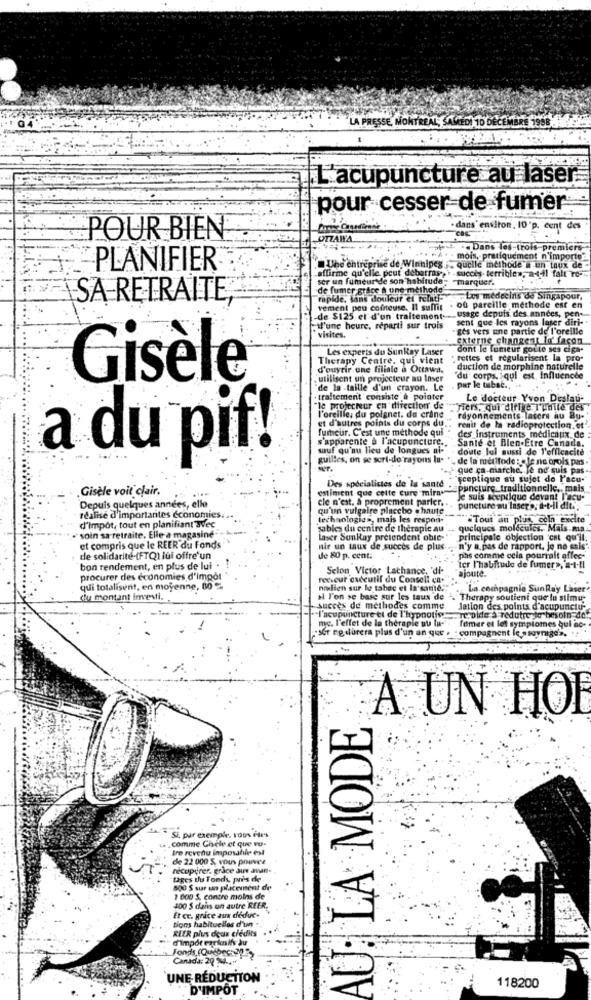
LA PRESSE, MONTREAL; SAMEDI 10 DÉCEMBRE 1958
L'acupuncture au laser
pour cesser-de fumer -
- dans' environ, 10"p. cent des
POUR BIEN
UTZAWA
... Dans les trois premiers
. : mois, pratiquement n'importe"
PLANIFIER
Une entreprise de Winnipeg - quelle methode a un taux de-
affirme qu'elle peut debarras,) .succes-terrible», a-t-il falt To-
ser un fumeur de son habitude: - marquer.
de fumer grâce à une methode
SA-RETRAITE
vement pou cofnteuse. Il suffit . ou pareille methode est en
uplde, Sans douleur et relitl-
.Les médecins de Singapour,
de $125 el d'un traitement. usage depuis des années, pen-
sent que les rayons laser diri-
"d'une heure, reparti sur trois
.iges vers une partie de l'oreille
visites.
externe changent lo facon
Les experts du SunRay Laser
dont le fumeur goule ses cigs-
Therapy Centre, qui vient
Felles et regularisent la pro-
d'ouvrir une filiale a Ottawa.
duction de morphine naturelle
Gisèle
utilisent un projecteur au laser
"du corps, qui est influencée
de la taille d'un crayon. Le
per le tubac ..
. traitement consiste a pointer
Le docteur Yvon Deslau-
le projecteur ch direction de "
l'oreille, du poignet. du crane
Hers, qui diffie T'unile des
et d'autres points du corps du ..
rayonnements laters au Bu-
fumeur. C'est une methode qui
reau de la radioprotection.et"
s'apparente à l'acupuncture ..
des instruments medicatix de
Santé et Bien-Etre Canada.
sauf qu'au lieu de longues al-
doute lul aussi do l'efficacité
a du pif!
guilles, on se sert-de rayons lu-
de la netifode : . Je ne crois pas
que ça marche, Je ne suis pas -
"sceptique su sujet do l'acu-
.Gisèle voit clair,
estiment que cette cure mira
Des spécialistes de la sante
puncture traditionnelle .. mais
cle n'est. à proprement parler ..
Je suis seepilque devant l'acu-
Depuis quelques années, elle
qu'un vulgaire placebo ehaute
puncture au lasers; a-t-il dit ..
réalisé d'importantes économies.
d'impôt, tout en planifiant avec
technologies, mais les respon-
Tout an plus, coln excite
soin sa retraite. Elle a magasine"
'sables du centre de therapie au .. quelques moldeules. Mais ma
laser Sunkay pretendent oble-"
principale objection "est qu'il
et compris que le REER du Fonds
nir un taux de succes de plus.
n'y a pas de rapport, je ne sais".
de solidarité-(FTQ) lui offre'un
de 80 p. cent.
pas comme cela pourrait affee-
bon rendement, en plus de lui
Selon Victor Lachance, 'di-
ajoute.
icr l'habitude de fumer», a-t-il
procurer des économies d'impôt
reescur cxceutif du Consell ca.
qui totalisent, en moyenne, 80 ℃
nodien sur le tabac et larsame;
La compagnie SunRay Laser
du montant Investi.
a T'on se base sur les taux de . Therapy soutient que Iu stimu-
succès de méthodes comme
Jation des points d'acupunctu-
l'acupuncture et de l'hypnotis ___ re:aide a redutre le besoin-de!
"ser ne durera plus d'un an que .
mc. l'effet de la therapie aus la-
compugnent le_
femar el los symptomes qui ac-
AU: LA MODE
A UN HOF
Si, par exemple, vous fles
1 . Comme Chyele et que vo-
tre revenu imposable est
de 22 000 S. vous pouvez
recuperer, grâce aux avun-
tages tu Fonds pris de-
800 S sur un placement de
1 000 $, contre moins de
400 $ dans un autre REER,
free. grice aux dedue-
Bons habituelles d'un .
REER plus deux credits
d'impor carlosis au
Fonds (Québec3
Canada: 20 %2.
UNE RÉDUCTION
D'IMPOT
118200